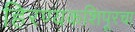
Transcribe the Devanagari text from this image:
हिरण्यकशिपूरचा